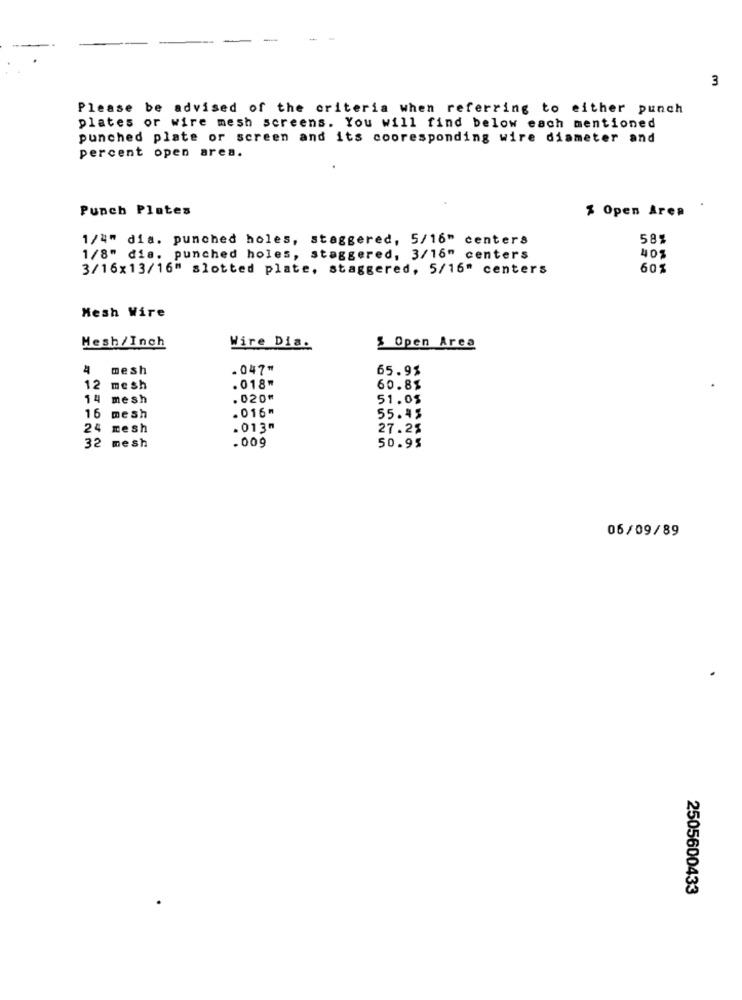
3
Please be advised of the criteria when referring to either punch
plates or wire mesh screens. You will find below each mentioned
punched plate or screen and its cooresponding wire diameter and
percent open area.
Punch Plates
$ Open Area
1/4" dia. punched holes, staggered, 5/16" centers
581
1/8" dis. punched holes, staggered, 3/16" centers
405
3/16x13/16" slotted plate. staggered, 5/16" centers
60%
Mesh Wire
Hesh/Inch
Wire Dia.
$ Open Area
4
mesh
.047"
65.93
.018"
12 mesh
60.85
14 mesh
. 020"
51.05
. 016"
16 mesh
55.45
24 mesh
.013m
27.2%
.009
32 mesh
50.95
06/09/89
2505600433